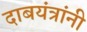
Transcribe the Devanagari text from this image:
दाबयंत्रांनी